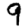
Digit: 9